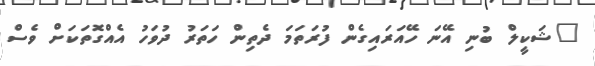
"ޝަކީލް ބުނި އޭނަ ހޭއަރައިގެން ފުރަތަމަ ދެތިން ހަތަރު ދުވަހު އެއްގޮތަކަށް ވެސް